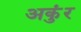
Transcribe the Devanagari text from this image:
अकुंर